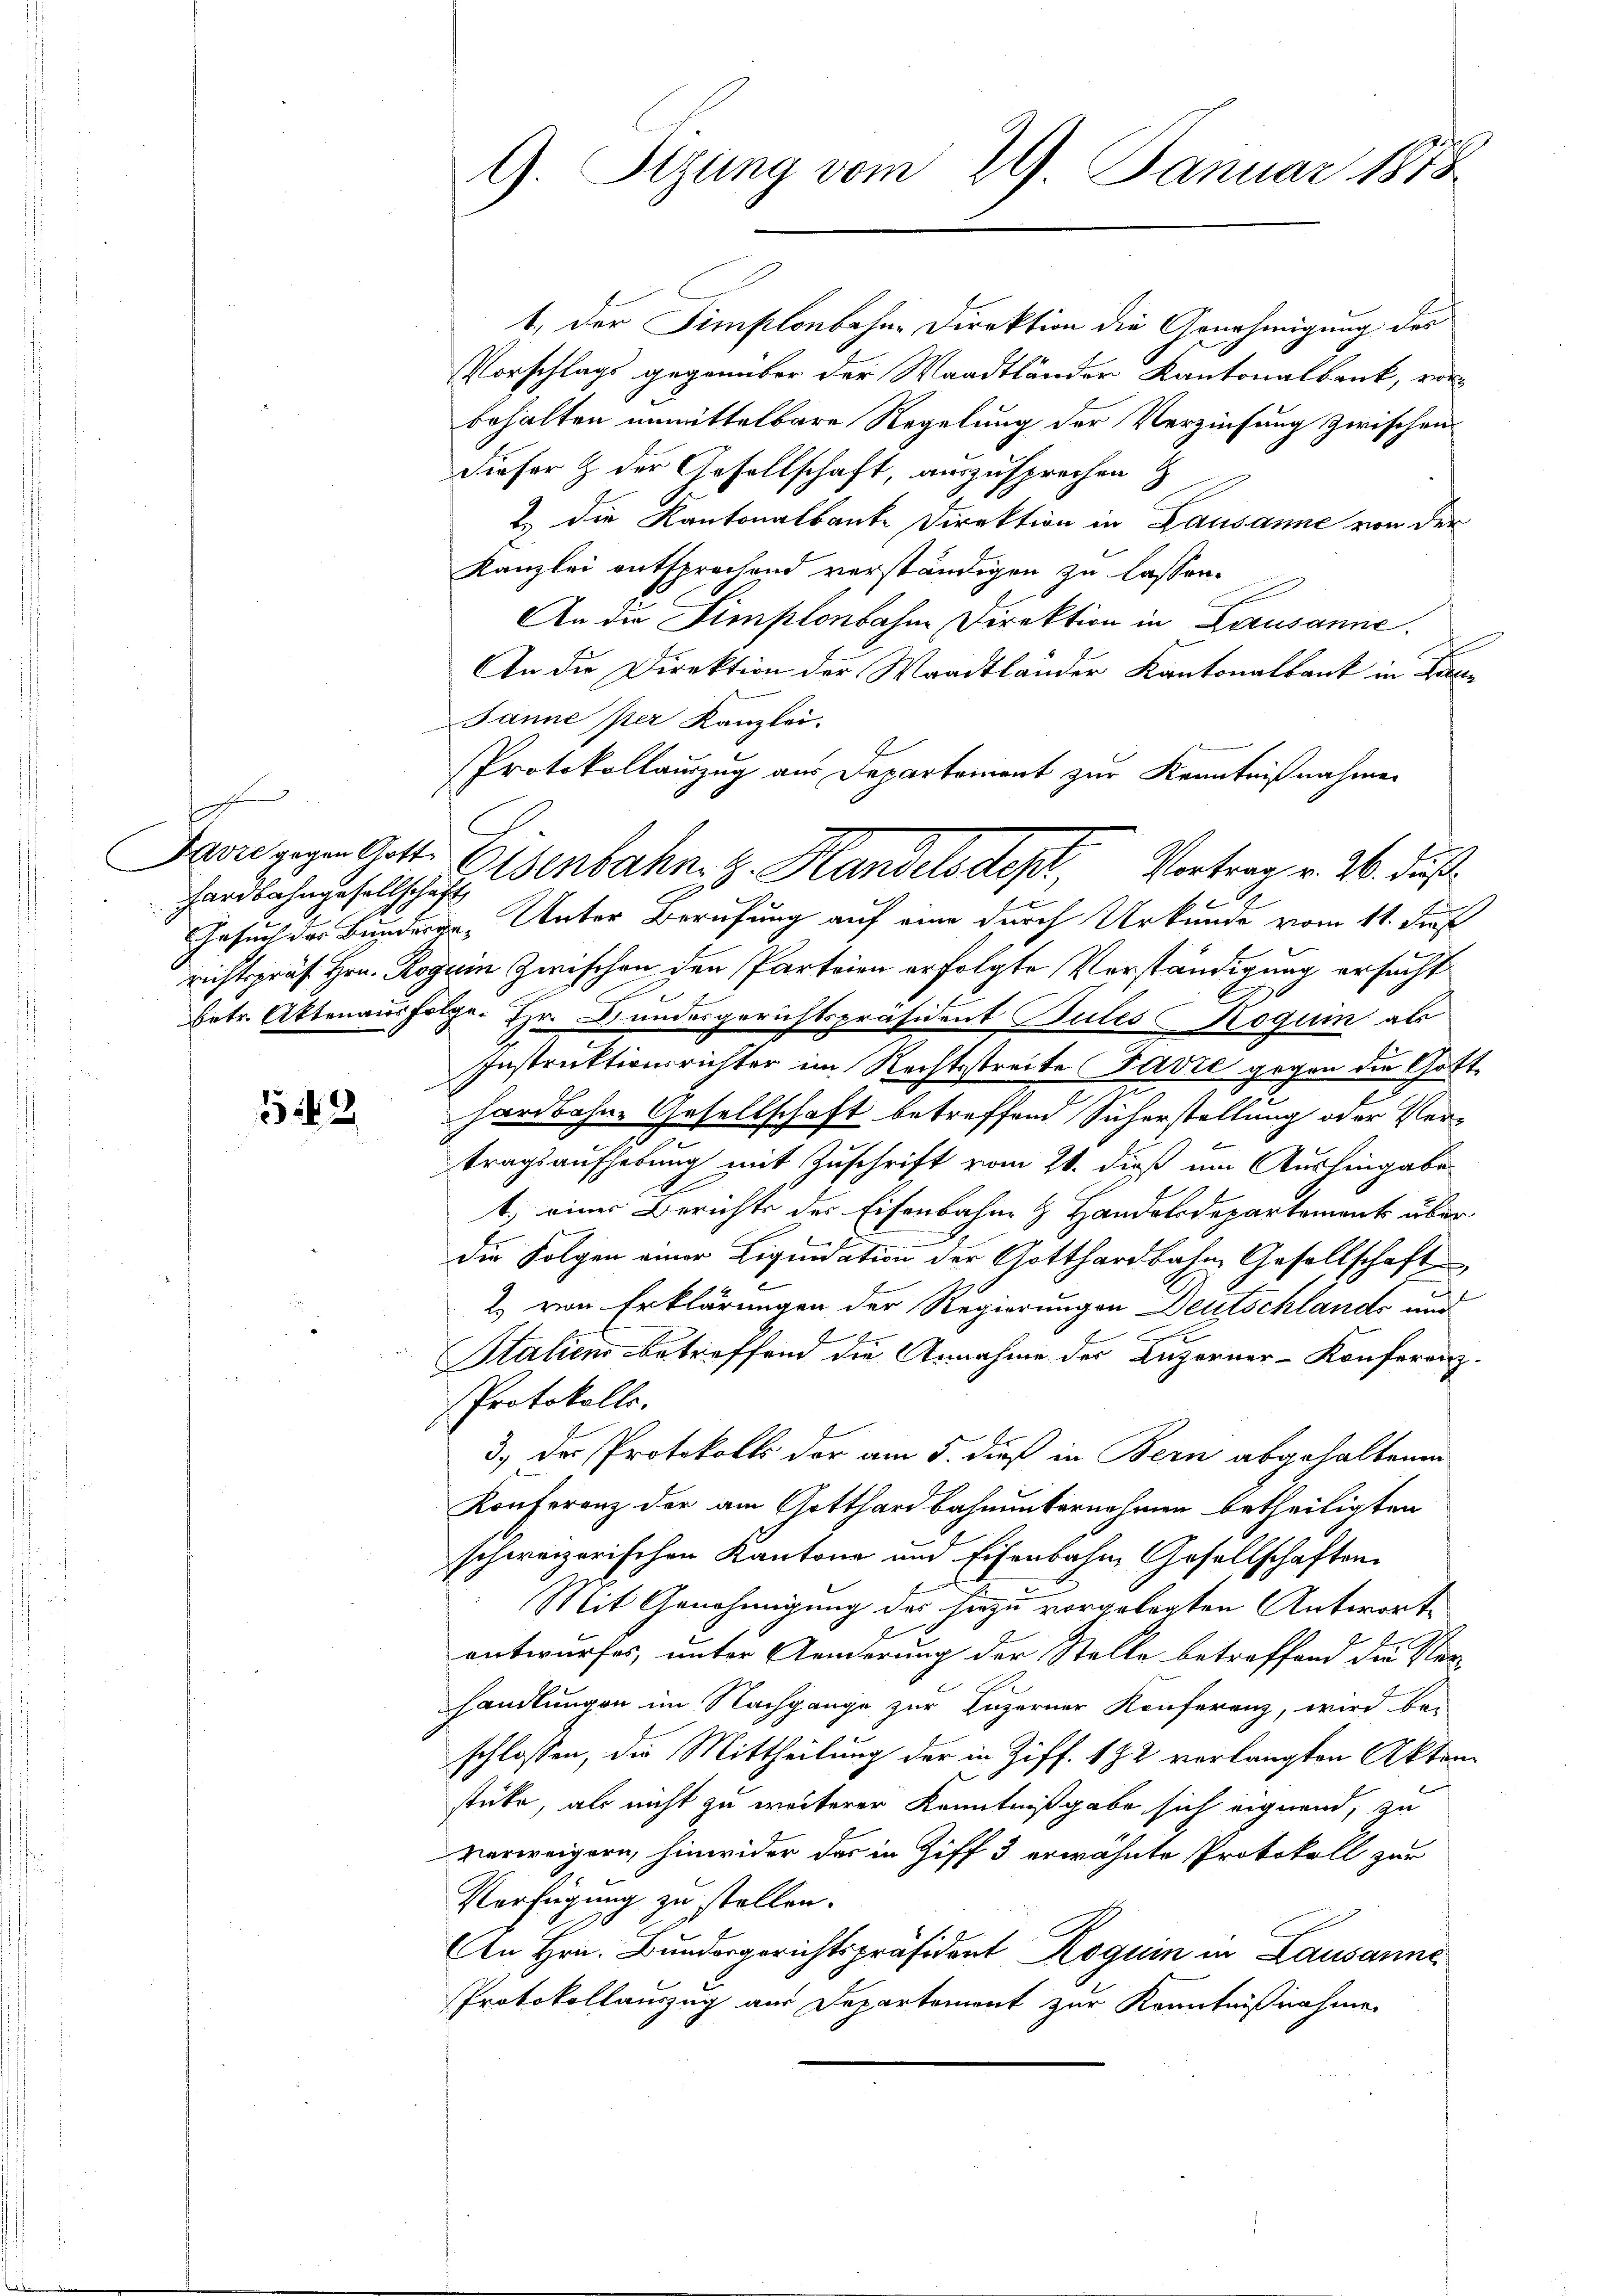
f
hardbahngesellschaft

542

9. Sizung vom 29. Januar 1878.

t, der Simplonbahne Direktion die Genehmigung des
Vorschlags gegenüber der Waadtländer Kantonalbank, vorbehalten unmittelbare Regelung der Verziehung zwischen
dieser & der Gesellschaft, auszusprechen &
2. die Kantonalbanke Direktion in Lausanne von der
Kanzlei entsprochend verständigen zu lassen.
An die Simplonbahne Direktion in Lausanne.
An die Direktion der Waadtländer Kantonalbank in Bau¬
Janne per Kanzlei.
Protokollauszug aus Departement zur Kenntnißnahmen
Gesuch des Bunderar- Unter Berufung auf eine durch Urkunde vom 11. ds
richtspräs. Hrn. Roguin Zwischen den Parteien erfolgte Verständigung ersucht
Betr. Aktenausfolge. Hr. Bundesgerichtspräsident Sules Roguin als
Instruktionsrichter im Rechtsstreite Pavić gegen die Gotthardbahne Gesellschaft betreffend Sicherstellung oder Vertragsaufhebung mit Zuschrift vom 21. dieß um Aushingabe
1.) einer Berichts des Eisenbahn & Handolodepartement über
die Folgen einer Liquidation der Gotthardbahn Gesellschaft
2) von Erklärungen der Regierungen Deutschlande und
Stalien betreffend die Annahme des Luzerner-Konferenz¬
Protokolls.
3.) Der Protokolls der am 5. dieß in Bern abgehaltenen
Konferenz der am Gotthardbahnunternehmen betheiligten
schweizerischen Kantone und Eisenbahn Gesellschaften
B
Mit Genehmigung des hiezu vorgelegten Antworte
entwurfes, unter Aenderung der Stelle betreffend die Verhandlungen im Nachgange zur Luzerner Konferenz, wird bei
schlossen, die Mittheilung der in Ziff. 182 verlangten Aktenstücke, als nicht zu weiterer Kenntnißgabe sich eignend, zu
verweigern, hinwider das in Ziff 3 erwähnte Protokoll zur
Verfügung zu stellen.
An Hrn. Bundergerichtspräsident Roguin in Lausanne
Protokollauszug aus Departement zur Kenntnißnahme

Java gegen Gotte Eisenbahn. G. Handelsdept, Vortrag v. 2. Fuß